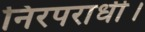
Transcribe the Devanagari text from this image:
निरपराधी।